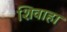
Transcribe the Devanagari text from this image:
शिवाहा